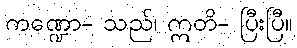
ကဏ္ဍော- သည်၊ ဣတိ- ပြီးပြီ။